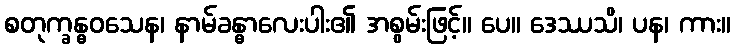
စတုက္ခန္ဓဝသေန၊ နာမ်ခန္ဓာလေးပါး၏ အစွမ်းဖြင့်။ ပေ။ ဒေဿသိ၊ ပန၊ ကား။